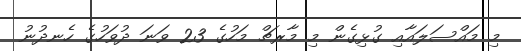
މި މައްސަލައާއި ގުޅިގެން މި މާރޗް މަހުގެ 23 ވަނަ ދުވަހުގެ ހެނދުނު